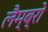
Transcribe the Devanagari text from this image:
लैम्ब्रो